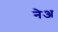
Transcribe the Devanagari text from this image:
नेअ